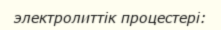
электролиттік процестері: